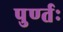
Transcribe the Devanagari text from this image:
पुर्ण्तः